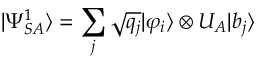
| \Psi _ { S A } ^ { 1 } \rangle = \sum _ { j } { \sqrt { q _ { j } } } | \varphi _ { i } \rangle \otimes U _ { A } | b _ { j } \rangle